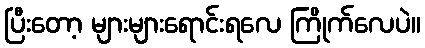
ပြီးတော့ များများရောင်းရလေ ကြိုက်လေပဲ။